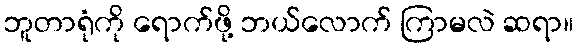
ဘူတာရုံကို ရောက်ဖို့ ဘယ်လောက် ကြာမလဲ ဆရာ။